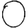
Digit: 0